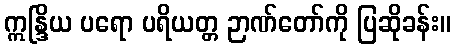
ဣန္ဒြိယ ပရော ပရိယတ္တ ဉာဏ်တော်ကို ပြဆိုခန်း။